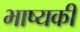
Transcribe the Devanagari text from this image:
भाष्यकी